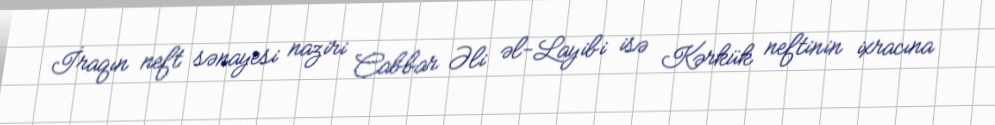
İraqın neft sənayesi naziri Cabbar Əli əl-Layibi isə Kərkük neftinin ixracına